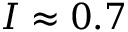
I \approx 0 . 7